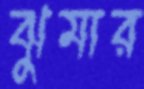
ঝুমার